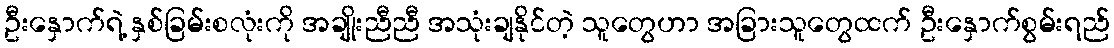
ဦးနှောက်ရဲ့ နှစ်ခြမ်းစလုံးကို အချိုးညီညီ အသုံးချနိုင်တဲ့ သူတွေဟာ အခြားသူတွေထက် ဦးနှောက်စွမ်းရည်